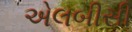
એલબીસી